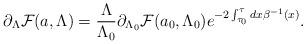
LaTeX: \begin{align*}\partial_\Lambda{\cal F}(a,\Lambda)={\Lambda\over \Lambda_0}\partial_{\Lambda_0}{\cal F}(a_0,\Lambda_0)e^{-2\int_{\tau_0}^\tau {dx\beta^{-1}(x)}}.\end{align*}